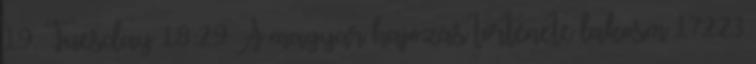
19. Tuesday 18:29 A magyar hajózás története lakosm 17223